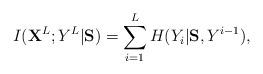
LaTeX: \begin{align*}I( {\bf X}^{ L}; Y^{L} | {\bf S} ) &= \sum_{i=1}^L H(Y_i | {\bf S}, Y^{i-1}), \end{align*}